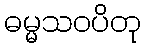
ဓမ္မသဝပိတု